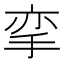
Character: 挛